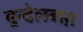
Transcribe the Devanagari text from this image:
बुन्देलबाग़